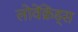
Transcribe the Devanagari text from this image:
लोवेंक्रेंड्स